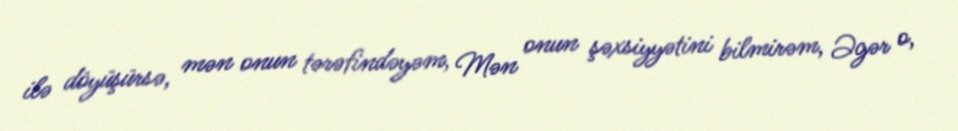
ilə döyüşürsə, mən onun tərəfindəyəm, Mən onun şəxsiyyətini bilmirəm, Əgər o,